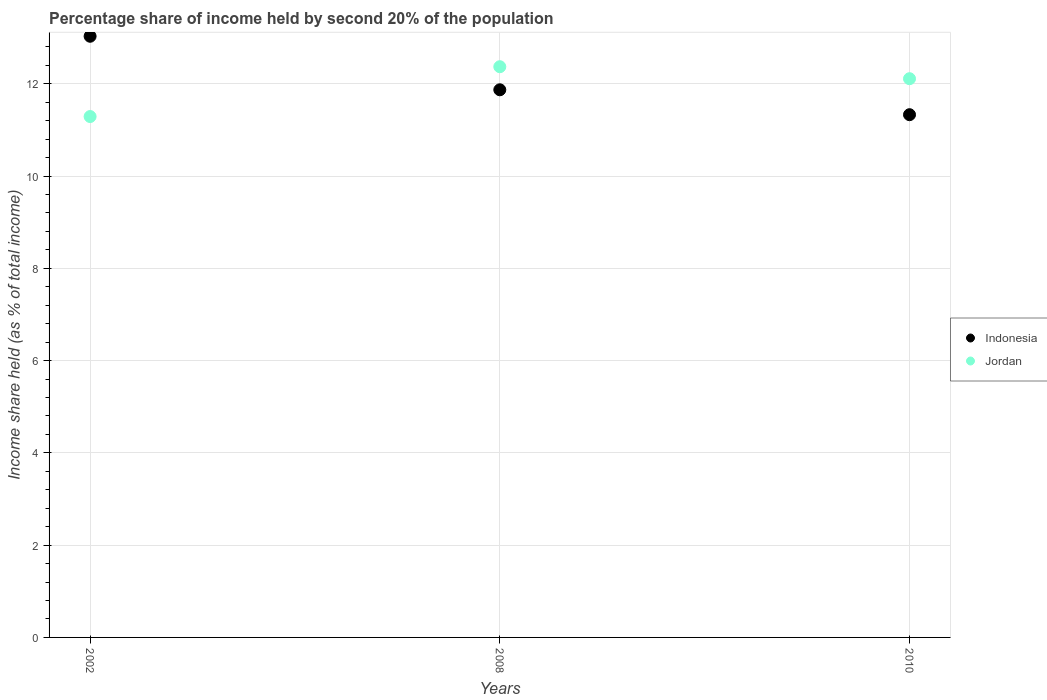
| Years | Indonesia | Jordan |
 | --- | --- | --- |
 | 2002 | 13 | 11.3 |
 | 2008 | 11.9 | 12.4 |
 | 2010 | 11.3 | 12.1 |